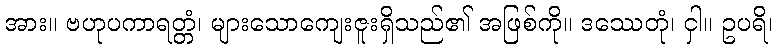
အား။ ဗဟုပကာရတ္တံ၊ များသောကျေးဇူးရှိသည်၏ အဖြစ်ကို။ ဒဿေတုံ၊ ငှါ။ ဥပရိ၊